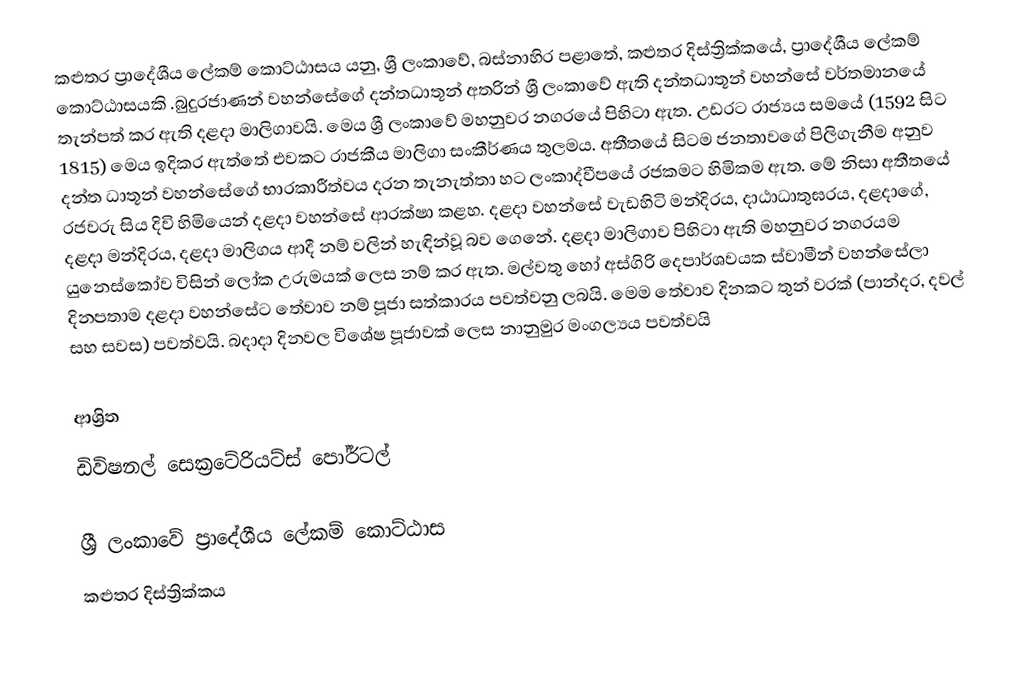
කළුතර ප්‍රාදේශීය ලේකම් කොට්ඨාසය යනු,  ශ්‍රී ලංකාවේ, බස්නාහිර පළාතේ,   කළුතර දිස්ත්‍රික්කයේ, ප්‍රාදේශීය ලේකම් කොට්ඨාසයකි .බුදුරජාණන් වහන්සේගේ දන්තධාතූන් අතරින් ශ්‍රී ලංකාවේ ඇති දන්තධාතූන් වහන්සේ වර්තමානයේ තැන්පත් කර ඇති දළදා මාලිගාවයි. මෙය ශ්‍රී ලංකාවේ මහනුවර නගරයේ පිහිටා ඇත. උඩරට රාජ්‍යය සමයේ (1592 සිට 1815) මෙය ඉදිකර ඇත්තේ එවකට රාජකීය මාලිගා සංකීර්ණය තුලමය. අතීතයේ සිටම ජනතාවගේ පිලිගැනීම අනුව දන්ත ධාතූන් වහන්සේගේ භාරකාරීත්වය දරන තැනැත්තා හට ලංකාද්වීපයේ රජකමට හිමිකම ඇත. මේ නිසා අතීතයේ රජවරු සිය දිවි හිමියෙන් දළදා වහන්සේ ආරක්ෂා කළහ. දළදා වහන්සේ වැඩහිටි මන්දිරය, දාඨාධාතුඝරය, දළදාගේ, දළදා මන්දිරය, දළදා මාලිගය ආදී නම් වලින් හැඳින්වූ බව ගෙනේ. දළදා මාලිගාව පිහිටා ඇති මහනුවර නගරයම යුනෙස්කෝව විසින් ලෝක උරුමයක් ලෙස නම් කර ඇත. මල්වතු හෝ අස්ගිරි දෙපාර්ශවයක ස්වාමීන් වහන්සේලා දිනපතාම දළදා වහන්සේට තේවාව නම් පූජා සත්කාරය පවත්වනු ලබයි. මෙම තේවාව දිනකට තුන් වරක් (පාන්දර, දවල් සහ සවස) පවත්වයි. බදාදා දිනවල විශේෂ පූජාවක් ලෙස නානුමුර මංගල්‍යය පවත්වයි

ආශ්‍රිත
 ඩිවිෂනල් සෙක්‍රටේරියට්ස් පෝර්ටල්

ශ්‍රී ලංකාවේ ප්‍රාදේශීය ලේකම් කොට්ඨාස
කළුතර දිස්ත්‍රික්කය